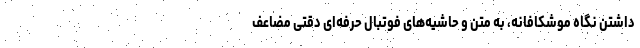
داشتن نگاه موشکافانه، به متن و حاشیه‌های فوتبال حرفه‌ای دقتی مضاعف